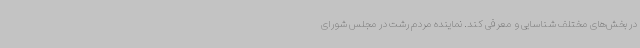
در بخش‌های مختلف شناسایی و معرفی کند. نماینده مردم رشت در مجلس شورای